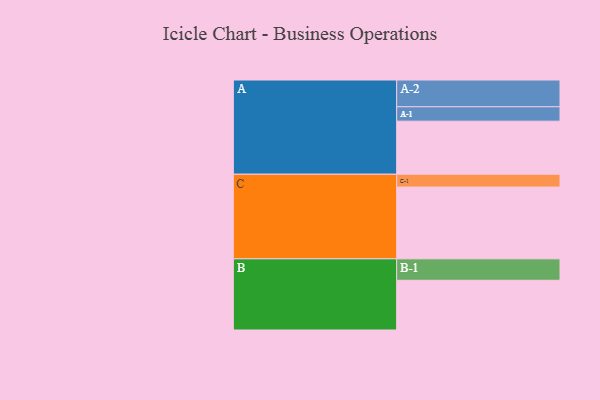
{"axis": {"x": "Segment", "y": "Value"}, "legend": ["", "A", "B", "C"], "data": [{"x": "A", "y": 361, "type": ""}, {"x": "B", "y": 338, "type": ""}, {"x": "C", "y": 488, "type": ""}, {"x": "A-1", "y": 98, "type": "A"}, {"x": "A-2", "y": 182, "type": "A"}, {"x": "B-1", "y": 146, "type": "B"}, {"x": "C-1", "y": 87, "type": "C"}]}